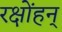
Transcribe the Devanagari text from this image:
रक्षोंहन्